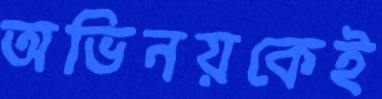
অভিনয়কেই